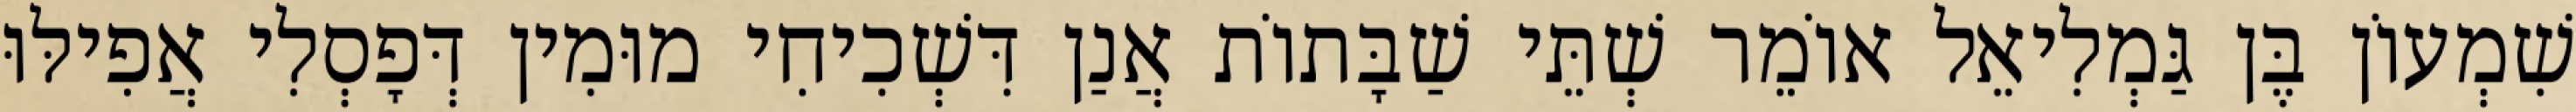
שִׁמְעוֹן בֶּן גַּמְלִיאֵל אוֹמֵר שְׁתֵּי שַׁבָּתוֹת אֲנַן דִּשְׁכִיחִי מוּמִין דְּפָסְלִי אֲפִילּוּ